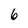
Character: 6